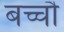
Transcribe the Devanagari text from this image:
बच्चौ